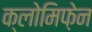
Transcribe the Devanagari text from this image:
क्लोमिफ़ेन